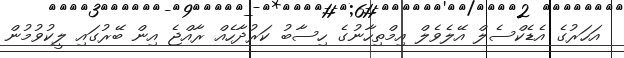
އަހަރުގެ އެޑެކްސެލް އޭލެވެލް އިމްތިހާނުގެ ހިސާބު ކަރުދާހެއް ރާއްޖެ އިން ބޭރުގައި ލީކުވުމުން